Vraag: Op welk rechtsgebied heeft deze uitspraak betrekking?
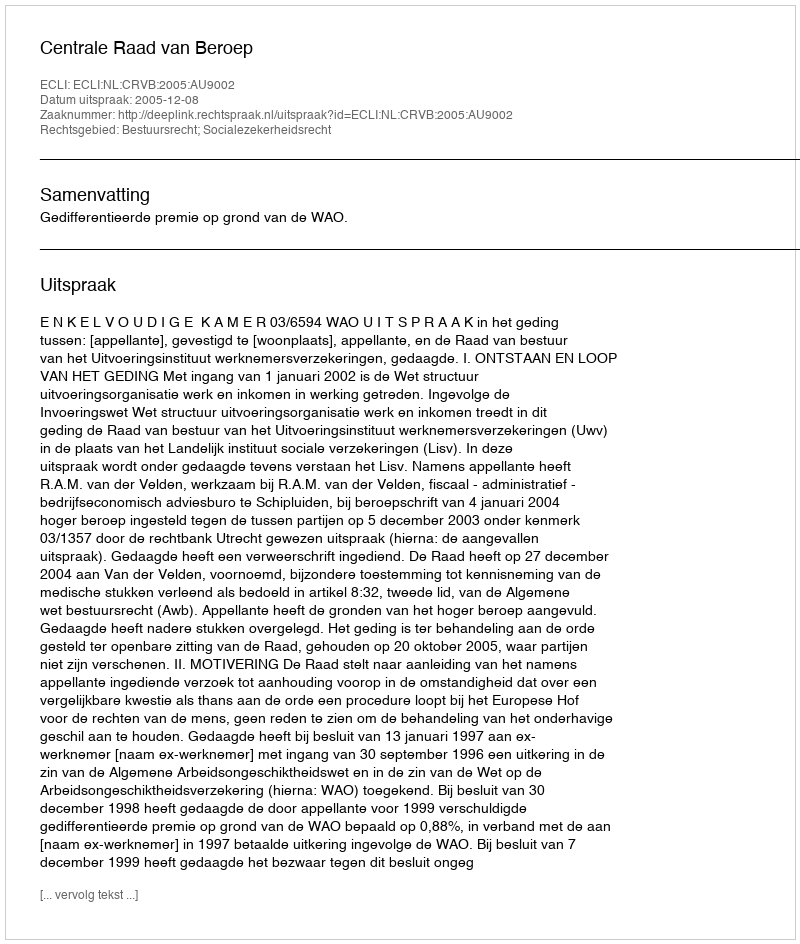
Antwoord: Bestuursrecht; Socialezekerheidsrecht